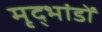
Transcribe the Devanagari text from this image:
मृद्भांडों